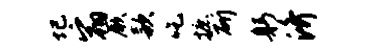
圮宿厥款吃摭斫躬济